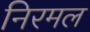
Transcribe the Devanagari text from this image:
निरमल